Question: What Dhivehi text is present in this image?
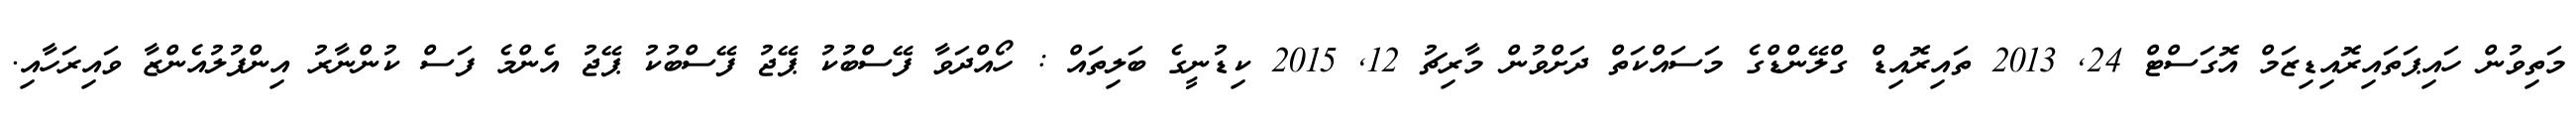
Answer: މަތިވުން ހައިޕަތައިރޮއިޑިޒަމް އޮގަސްޓް 24, 2013 ތައިރޮއިޑް ގްލޭންޑްގެ މަސައްކަތް ދަށްވުން މާރިޗު 12, 2015 ކިޑުނީގެ ބަލިތައް : ހޯއްދަވާ ފޭސްބުކު ޕޭޖު ފޭސްބުކު ޕޭޖު އެންމެ ފަސް ކުންނާރު އިންފުލުއެންޒާ ވައިރަހާއި.